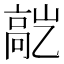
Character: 𬴕